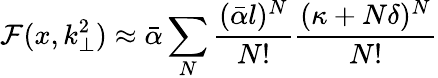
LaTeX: {\cal F}(x,k_{\perp}^{2})\approx\bar{\alpha}\sum_{N}\frac{(\bar{\alpha}l)^{N}}{N!}\frac{(\kappa+N\delta)^{N}}{N!}